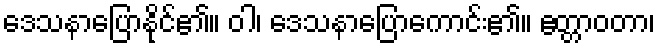
ဒေသနာပြောနိုင်၏။ ဝါ၊ ဒေသနာပြောကောင်း၏။ ဧတ္တာဝတာ၊